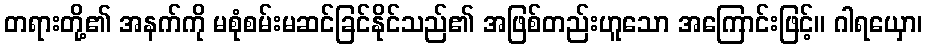
တရားတို့၏ အနက်ကို မစုံစမ်းမဆင်ခြင်နိုင်သည်၏ အဖြစ်တည်းဟူသော အကြောင်းဖြင့်။ ဂါရယှော၊